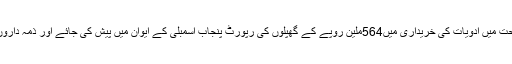
انہوںنے اپنی تحریک میں مطالبہ کیا کہ محکمہ صحت میں ادویات کی خریداری میں564ملین روپے کے گھپلوں کی رپورٹ پنجاب اسمبلی کے ایوان میں پیش کی جائے اور ذمہ داروں کا تعین کرکے ان کے خلاف کارروائی کی جائے۔